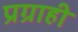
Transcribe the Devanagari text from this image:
प्रग्राही